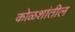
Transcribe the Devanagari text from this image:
कोळशांतील